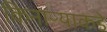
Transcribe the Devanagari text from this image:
किनाऱ्याकडे